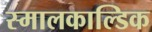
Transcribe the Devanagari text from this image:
स्मालकाल्डिक